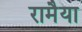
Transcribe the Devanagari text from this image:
रामैया